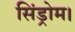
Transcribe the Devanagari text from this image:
सिंड्रोम।